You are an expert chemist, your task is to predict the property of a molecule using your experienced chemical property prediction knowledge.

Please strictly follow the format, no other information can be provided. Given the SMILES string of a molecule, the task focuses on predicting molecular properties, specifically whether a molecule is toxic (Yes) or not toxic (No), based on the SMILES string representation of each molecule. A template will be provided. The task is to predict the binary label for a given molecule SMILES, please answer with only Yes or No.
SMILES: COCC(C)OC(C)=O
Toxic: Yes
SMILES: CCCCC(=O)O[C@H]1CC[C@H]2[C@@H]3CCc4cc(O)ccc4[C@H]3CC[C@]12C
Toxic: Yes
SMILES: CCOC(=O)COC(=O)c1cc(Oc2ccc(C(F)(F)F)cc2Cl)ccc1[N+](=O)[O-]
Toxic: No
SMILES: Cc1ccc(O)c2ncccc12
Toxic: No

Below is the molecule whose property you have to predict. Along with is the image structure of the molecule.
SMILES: O=C(c1ccco1)N1CCNCC1
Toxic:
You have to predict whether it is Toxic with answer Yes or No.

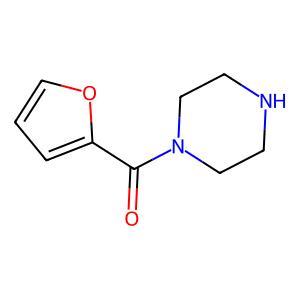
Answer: No